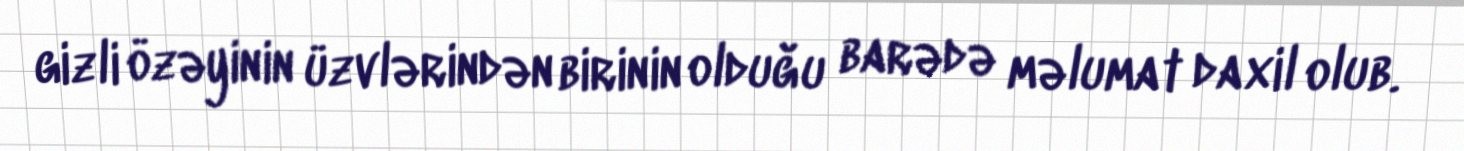
gizli özəyinin üzvlərindən birinin olduğu barədə məlumat daxil olub.